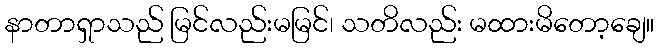
နာတာရှာသည် မြင်လည်းမမြင်၊ သတိလည်း မထားမိတော့ချေ။